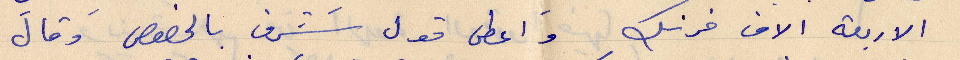
الأربعة الاف فرنك وأعطى قول شرف بالخصوص وقال